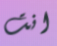
انت